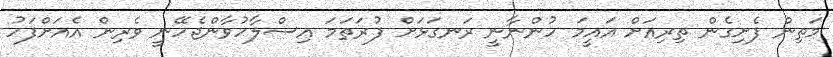
މަތިން ފެށިގެން ތިރިއަށް އައީމަ ހުންނާނީ ރަނގަޅަށް ފުރަތަމަ އިސްލާހުވާންޖެހޭނީ ވެރިން އެއަށްފަހު